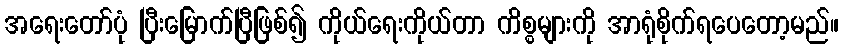
အရေးတော်ပုံ ပြီးမြောက်ပြီဖြစ်၍ ကိုယ်ရေးကိုယ်တာ ကိစ္စများကို အာရုံစိုက်ရပေတော့မည်။